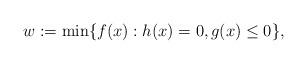
LaTeX: \begin{align*}w:=\min\{f(x): h(x)=0, g(x)\leq 0\},\end{align*}